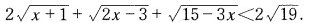
2 $$2 \sqrt{x+1}+ \sqrt{2x-3}+ \sqrt{15-3x}<2 \sqrt{19}$$ .